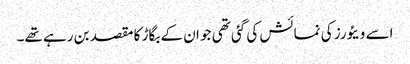
اسے ویئورز کی نمائش کی گئی تھی جو ان کے بگاڑ کا مقصد بن رہے تھے۔